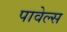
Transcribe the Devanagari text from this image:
पावेल्स